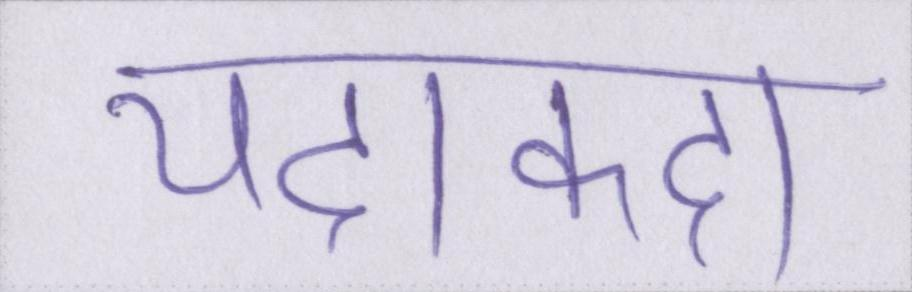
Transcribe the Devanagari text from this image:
यदाकदा